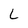
Character: L